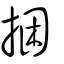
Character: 捆